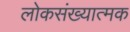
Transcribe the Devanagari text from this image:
लोकसंख्यात्मक